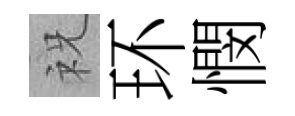
祝环憫